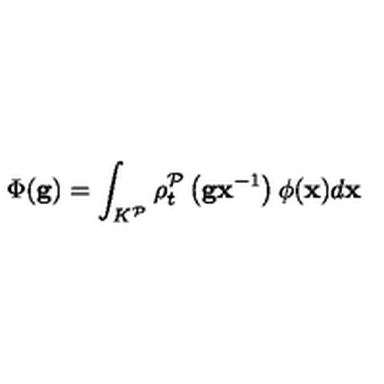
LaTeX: \Phi ( \mathbf { g } ) = \int _ { K ^ { \mathcal { P } } } \rho _ { t } ^ { \mathcal { P } } \left( \mathbf { g x } ^ { - 1 } \right) \phi ( \mathbf { x } ) d \mathbf { x }